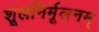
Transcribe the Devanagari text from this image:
शूलनिर्मूलनम्